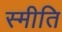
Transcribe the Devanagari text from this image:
स्मीति